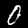
Label: 0